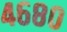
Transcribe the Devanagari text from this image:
४६८०